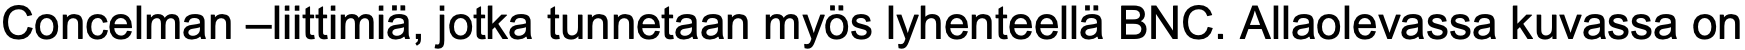
Concelman –liittimiä, jotka tunnetaan myös lyhenteellä BNC. Allaolevassa kuvassa on